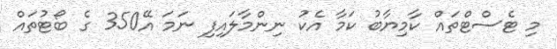
މި ޓެސްޓްތައް ކާމިޔާބު ކަމާ އެކު ނިންމާލައިފި ނަމަ އޭ350 ގެ ބޯޓުތައް